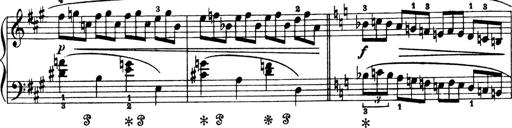
Title: 4 Sonatines
Composer: Max Reger